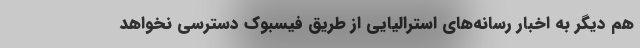
هم دیگر به اخبار رسانه‌های استرالیایی از طریق فیسبوک دسترسی نخواهد